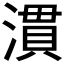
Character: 𪷈